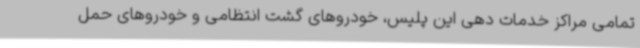
تمامی مراکز خدمات دهی این پلیس، خودروهای گشت انتظامی و خودروهای حمل